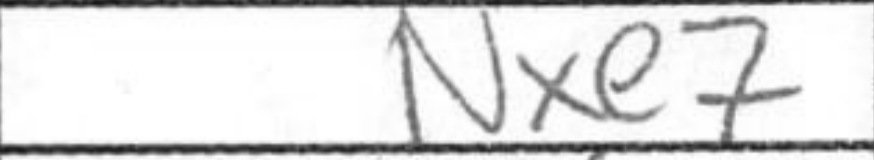
Transcription: Nxe7